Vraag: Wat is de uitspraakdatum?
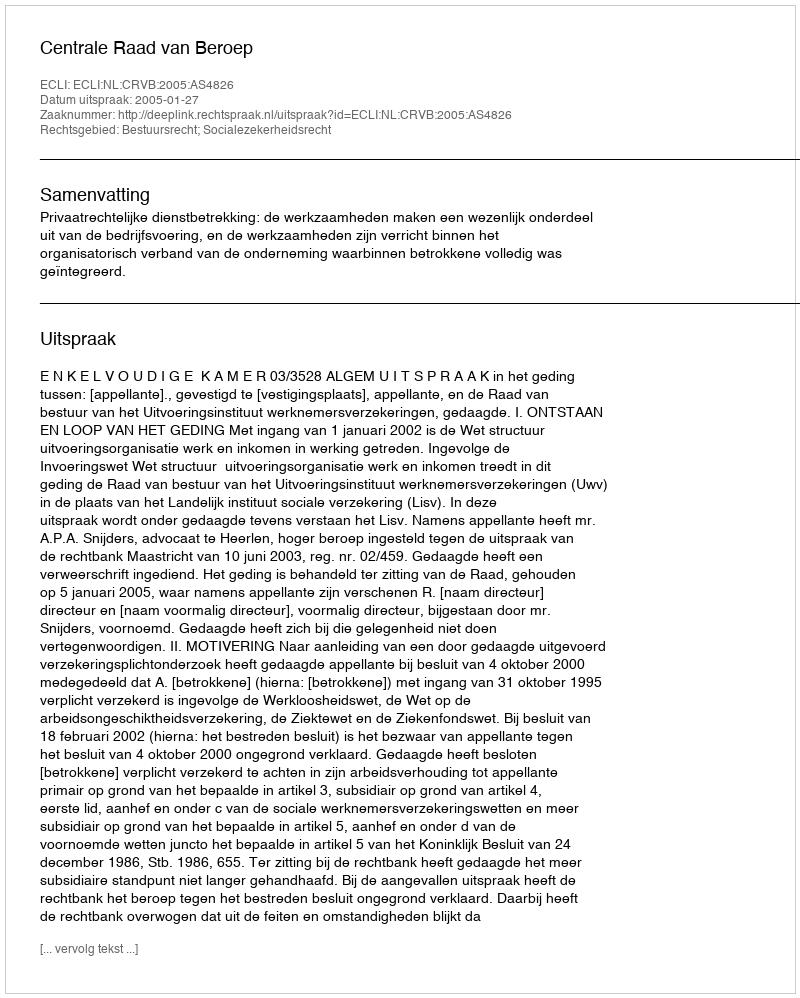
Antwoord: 2005-01-27